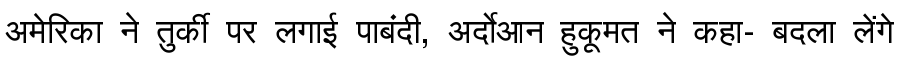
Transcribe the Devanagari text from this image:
अमेरिका ने तुर्की पर लगाई पाबंदी, अर्दोआन हुकूमत ने कहा- बदला लेंगे